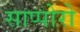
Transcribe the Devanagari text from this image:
साप्पोरो